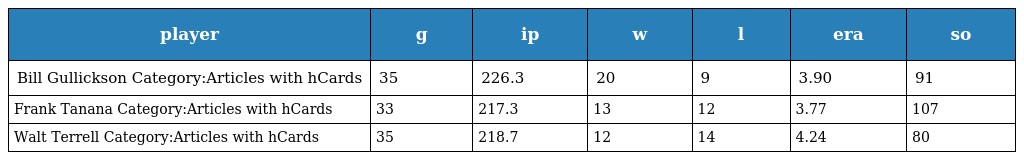
| player | g | ip | w | l | era | so |
 | --- | --- | --- | --- | --- | --- | --- |
 | Bill Gullickson Category:Articles with hCards | 35 | 226.3 | 20 | 9 | 3.90 | 91 |
 | Frank Tanana Category:Articles with hCards | 33 | 217.3 | 13 | 12 | 3.77 | 107 |
 | Walt Terrell Category:Articles with hCards | 35 | 218.7 | 12 | 14 | 4.24 | 80 |